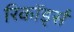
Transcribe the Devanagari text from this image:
रिकॉर्ड्स